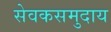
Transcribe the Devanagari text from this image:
सेवकसमुदाय